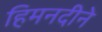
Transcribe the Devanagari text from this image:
हिमनदीने